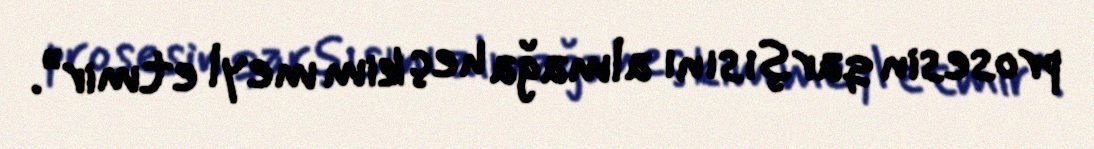
prosesin qarşısını almağa heç kim meyl etmir”.